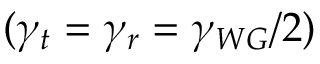
( \gamma _ { t } = \gamma _ { r } = \gamma _ { W G } / 2 )